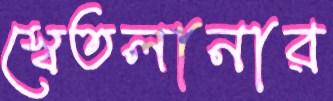
স্বেতলানার